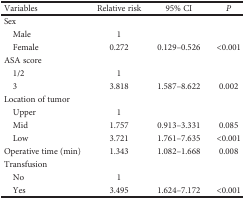
<table><thead><tr><td><b>Variables</b></td><td><b>Relative risk</b></td><td><b>95% CI</b></td><td><b><i>P</i></b></td></tr></thead><tbody><tr><td>Sex</td><td></td><td></td><td></td></tr><tr><td> Male</td><td>1</td><td></td><td></td></tr><tr><td> Female</td><td>0.272</td><td>0.129–0.526</td><td>&lt;0.001</td></tr><tr><td>ASA score</td><td></td><td></td><td></td></tr><tr><td> 1/2</td><td>1</td><td></td><td></td></tr><tr><td> 3</td><td>3.818</td><td>1.587–8.622</td><td>0.002</td></tr><tr><td>Location of tumor</td><td></td><td></td><td></td></tr><tr><td> Upper</td><td>1</td><td></td><td></td></tr><tr><td> Mid</td><td>1.757</td><td>0.913–3.331</td><td>0.085</td></tr><tr><td> Low</td><td>3.721</td><td>1.761–7.635</td><td>&lt;0.001</td></tr><tr><td>Operative time (min)</td><td>1.343</td><td>1.082–1.668</td><td>0.008</td></tr><tr><td>Transfusion</td><td></td><td></td><td></td></tr><tr><td> No</td><td>1</td><td></td><td></td></tr><tr><td> Yes</td><td>3.495</td><td>1.624–7.172</td><td>&lt;0.001</td></tr></tbody></table>